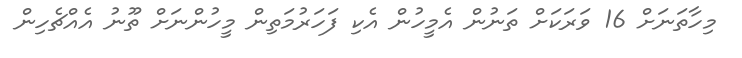
މިހާތަނަށް 16 ވަރަކަށް ތަނުން އެމީހުން އެކި ފަހަރުމަތިން މީހުންނަށް ތޫނު އެއްޗެހިން